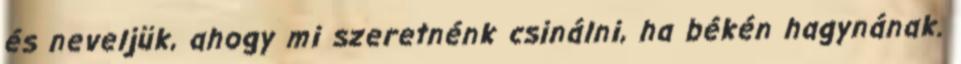
és neveljük, ahogy mi szeretnénk csinálni, ha békén hagynának.